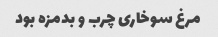
مرغ سوخاری چرب و بدمزه بود